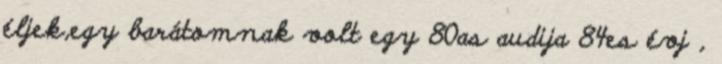
éljek,egy barátomnak volt egy 80as audija 84es évj ,